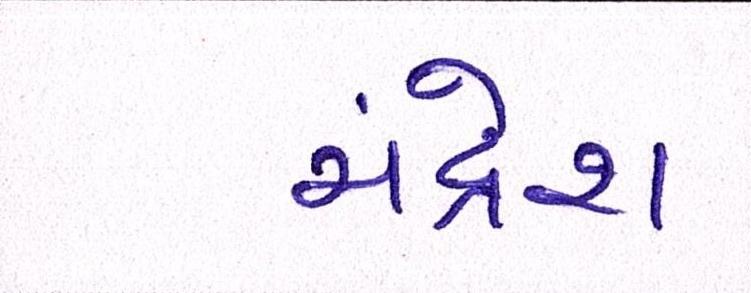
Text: ચંદ્રેશ